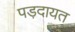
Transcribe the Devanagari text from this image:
पड़दायत